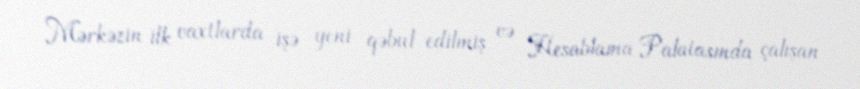
Mərkəzin ilk vaxtlarda işə yeni qəbul edilmiş və Hesablama Palatasında çalışan